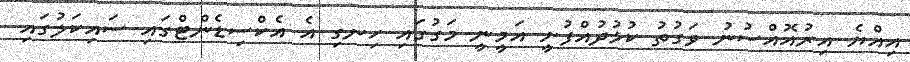
އިއްޔެ އިރުއޮއްސުނު ވަގުތު ކުޅުދުއްފުށީ އަމީނީ މަގުގައި ހިނގި އެ އެކްސިޑެންޓްގައި ސައިކަލުގައި